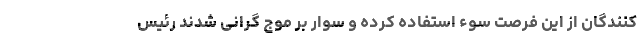
کنندگان از این فرصت سوء استفاده کرده و سوار بر موج گرانی شدند رئیس